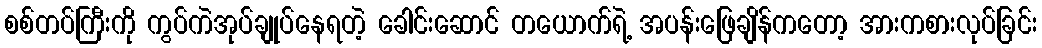
စစ်တပ်ကြီးကို ကွပ်ကဲအုပ်ချုပ်နေရတဲ့ ခေါင်းဆောင် တယောက်ရဲ့ အပန်းဖြေချိန်ကတော့ အားကစားလုပ်ခြင်း